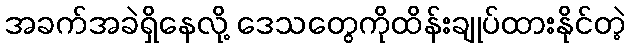
အခက်အခဲရှိနေလို့ ဒေသတွေကိုထိန်းချုပ်ထားနိုင်တဲ့